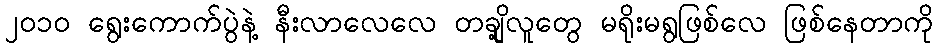
၂ဝ၁ဝ ရွေးကောက်ပွဲနဲ့ နီးလာလေလေ တချို့လူတွေ မရိုးမရွဖြစ်လေ ဖြစ်နေတာကို